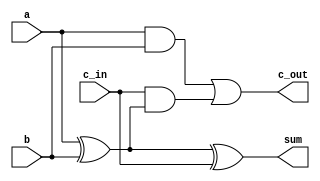
module fulladder(sum,c_out,a,b,c_in);
output sum,c_out;
input a,b,c_in;

xor X1(o1,a,b);
xor X2(sum,o1,c_in);
and A1(o2,a,b);
and A2(o3,c_in,o1);

or O1(c_out,o2,o3);

endmodule